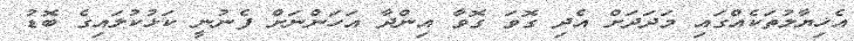
އެޚިޔާލުތަކެއްގައި މަދަދަށް އެދި ގޮވަ ގޮވާ އިންދާ އަހަންނަށް ފެނުނީ ކަޅުކުލައިގެ ބޮޑު